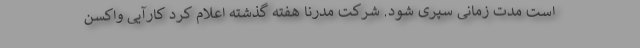
است مدت زمانی سپری شود. شرکت مدرنا هفته گذشته اعلام کرد کارآیی واکسن